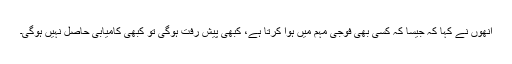
اُنھوں نے کہا کہ جیسا کہ کسی بھی فوجی مہم میں ہوا کرتا ہے، کبھی پیش رفت ہوگی تو کبھی کامیابی حاصل نہیں ہوگی۔